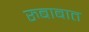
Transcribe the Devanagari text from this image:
रुबाबात